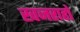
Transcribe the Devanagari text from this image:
खजराहो